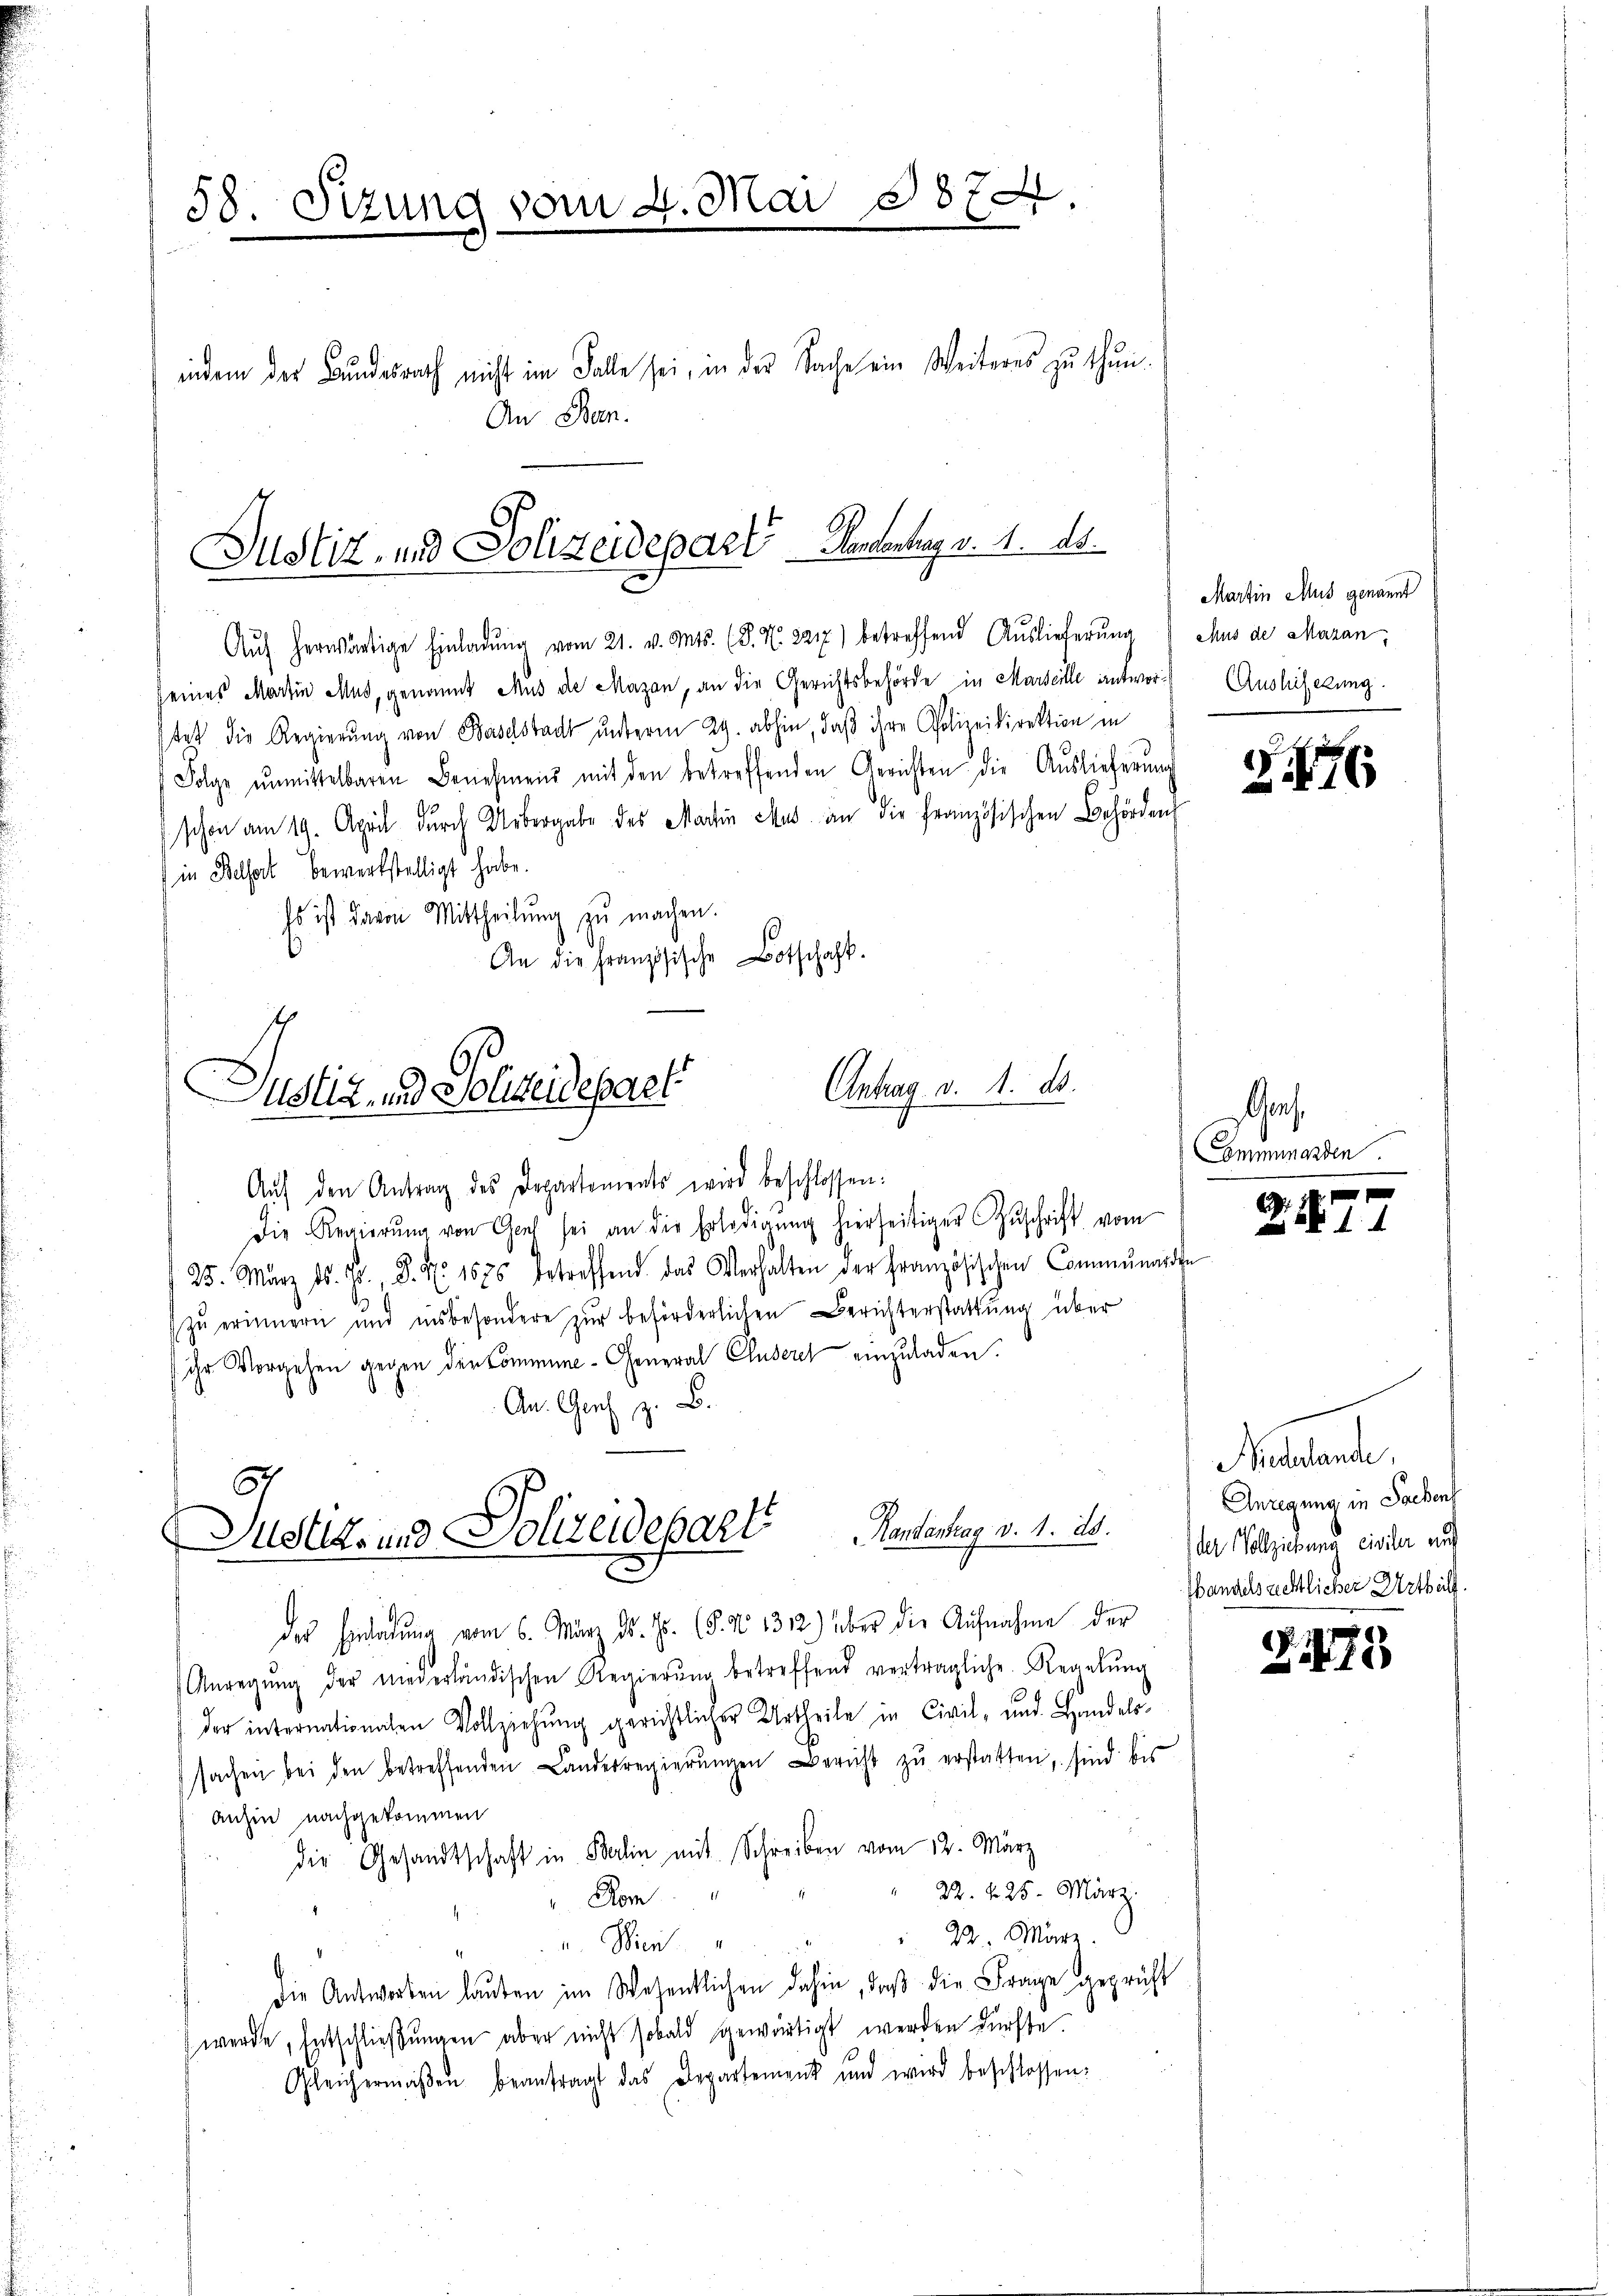
58. Sizung vom 2. Mai 1874

indem der Bundesrath nicht im Falle sei, in der Sache ein Weiteres zu thun.
An Ban

Justiz- und Polizeidepart Handentag v. 11. ds.

Jolge ŭnmittelbaren Benehmens mit den betreffenden Gerichten die Auslieferung
schon am 19. April durch Uebergabe des Martin aus an die französischen Behörden
in Belsart bewerkstelligt habe.
Es ist davon Mittheilŭng zu machen.
An die Französische Botschaft.

Aŭf herwärtige Einladŭng vom 21. v. Mts. (T. N. 2217) betreffend Auslieferŭng (Chus de Aarau,
seines Martin Mus, genannt Aus de Majan, an die Gerichtsbehörde in Marseille antworstet die Regierung von Baselstadt unterm 29. abhin, daß ihre Polizeidirektion in

Antrag v. 1. ds.
Justiz- und Polizeidepaet

ustiz- und Polizeidepart. Kantenhang v. 1. 20.

Aŭf den Antrag des Departements wird beschlossen:
Die Regierŭng von Genf sei an die Erledigŭng hierseitiger Zŭschrift vom
25. März d. J. P. Nr. 1675 betreffend das Verhalten der Französischen Communarte
zŭ erinnern und insbesondere zŭr beförderlichen Berichterstattung über
ihr Vorgehen gegen der Commine-General Clusere einzuladen.
An. Genf z. B.
der Einladung vom 6. März d. Js. (§. N. 1312) über die Aufnahme der
Anregŭng der niederländischen Regierŭng betreffend vertragliche Regelŭng
der internationalen Vollziehŭng gerichtlicher Urtheile in Civil- und Handels-
sachen bei den betreffenden Landesregierŭngen Bericht zŭ erstatten, sind bis
anhin nachgekommen
die Gesandtschaft in Balin mit Schreiben vom 12. März
" 22. 425. März
Rom
22. März.
u. Bien
die Antworten laŭten im Wesentlichen dahin, daβ die Frage geprüft
werde, Entschließungen aber nicht sobald gewärtigt werden dürfte.
Gleichermaβen beantragt das Departement und wird beschlossen:

Martin Mus genannt
Auslieferung.

§176

a¬
Comminarden

6
477

Nellante,
Anregung in Sachens
der Vollziehung einsler auf
Wandelsrechtlicher Urthelf

1

75